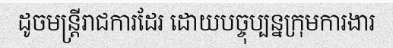
ដូចមន្ត្រីរាជការដែរ ដោយបច្ចុប្បន្នក្រុមការងារ